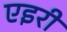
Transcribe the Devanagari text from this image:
एइरी